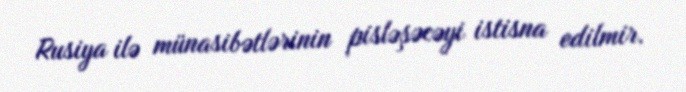
Rusiya ilə münasibətlərinin pisləşəcəyi istisna edilmir.